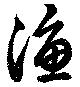
漁